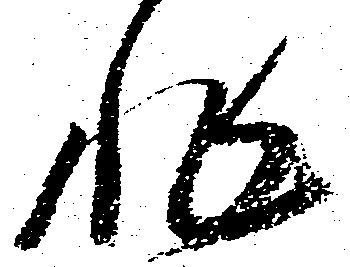
非